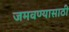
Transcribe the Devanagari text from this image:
जमवण्यासाठी